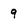
Character: 9